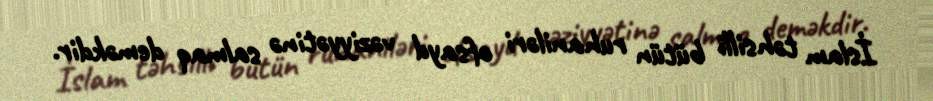
İslam təhsilli bütün ruhaniləri ofsayd vəziyyətinə salmaq deməkdir.